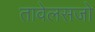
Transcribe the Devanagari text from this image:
तावेलसजो